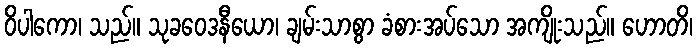
ဝိပါကော၊ သည်။ သုခဝေဒနီယော၊ ချမ်းသာစွာ ခံစားအပ်သော အကျိုးသည်။ ဟောတိ၊